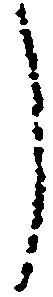
う